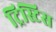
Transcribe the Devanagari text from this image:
ट्रिस्टिस